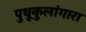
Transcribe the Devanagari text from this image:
पुथूकुलांगारा